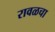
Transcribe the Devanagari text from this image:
रावळचा